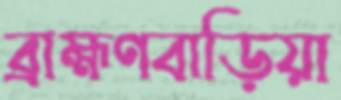
ব্রাহ্মণবাড়িয়া